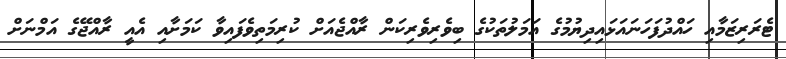
ޓެރަރިޒަމާއި ހައްދުފަހަނައަޅައިދިޔުމުގެ އަމަލުތަކުގެ ބިވެރިވެރިކަން ރާއްޖެއަށް ކުރިމަތިވެފައިވާ ކަމަށާއި އެއީ ރާއްޖޭގެ އަމްނަށް